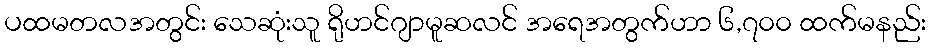
ပထမတလအတွင်း သေဆုံးသူ ရိုဟင်ဂျာမူဆလင် အရေအတွက်ဟာ ၆,၇၀၀ ထက်မနည်း